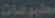
مطبوعات